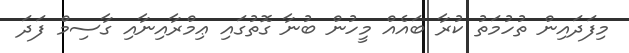
މިފަދައިން ތުހުމަތު ކުރާ ބައެއް މީހުން ބުނާ ގޮތުގައި ޢިމްރާއިނާއި ގާސިމް ފަދަ